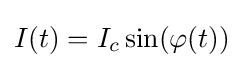
I(t)=I_{c}\sin(\varphi (t))